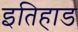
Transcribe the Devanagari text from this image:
इतिहाड